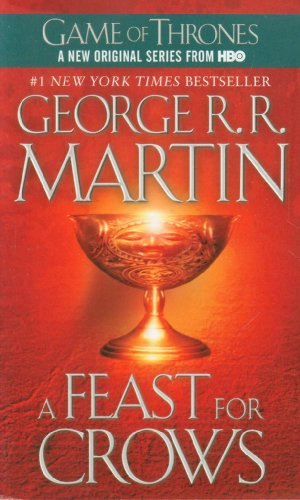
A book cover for A Feast for Crows: A Song of Ice and Fire (Game of Thrones); George R. R. Martin; Science Fiction & Fantasy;